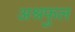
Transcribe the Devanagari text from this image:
अश्रफुल